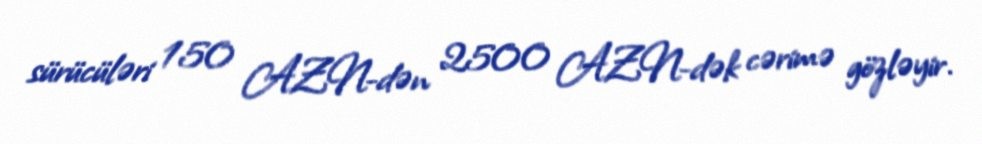
sürücüləri 150 AZN-dən 2500 AZN-dək cərimə gözləyir.